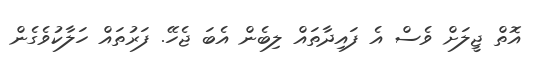
އޮތް ޖީލަށް ވެސް އެ ފައިދާތައް ލިބެން އެބަ ޖެހޭ. ފަރުތައް ހަލާކުވެގެން